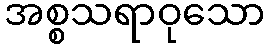
အစ္စသရာဝုသော